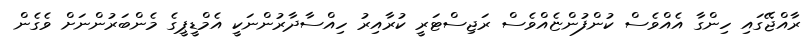
ރާއްޖޭގައި ހިންގާ އެއްވެސް ކުންފުންޏެއްވެސް ރަޖިސްޓަރީ ކުރާއިރު ހިއްސާދާރުންނަކީ އެމްޑީޕީގެ މެންބަރުންނަށް ވެގެން